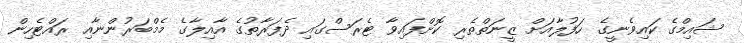
ޝައިމްގެ ކައިވެނީގެ ހަފުލާއަށް ޒީނަތްތެރި ކޮށްފައިވާ ޓެރަސްގައި ދެފަރާތުގެ އާއިލާގެ މެމްބަރުންނާއި ރައްޓެހިން